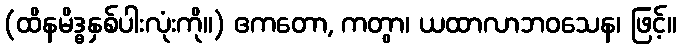
(ထိနမိဒ္ဓနှစ်ပါးလုံးကို။) ဧကတော, ကတွာ၊ ယထာလာဘဝသေန၊ ဖြင့်။